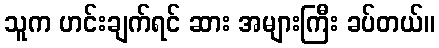
သူက ဟင်းချက်ရင် ဆား အများကြီး ခပ်တယ်။